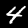
Label: 4